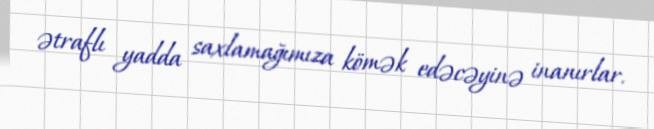
ətraflı yadda saxlamağımıza kömək edəcəyinə inanırlar.